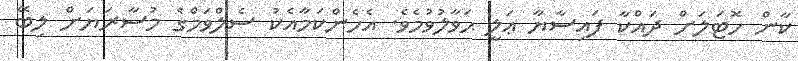
ކާން ހޮޓަލަށް ދައްކާ ފައިސާޔާ ޢަލީ ޙަވާލުވުމެވެ. އެހެންކަމާއެކު ސެލްވަމްގެ މުސާރަޔަށް ލިބޭ